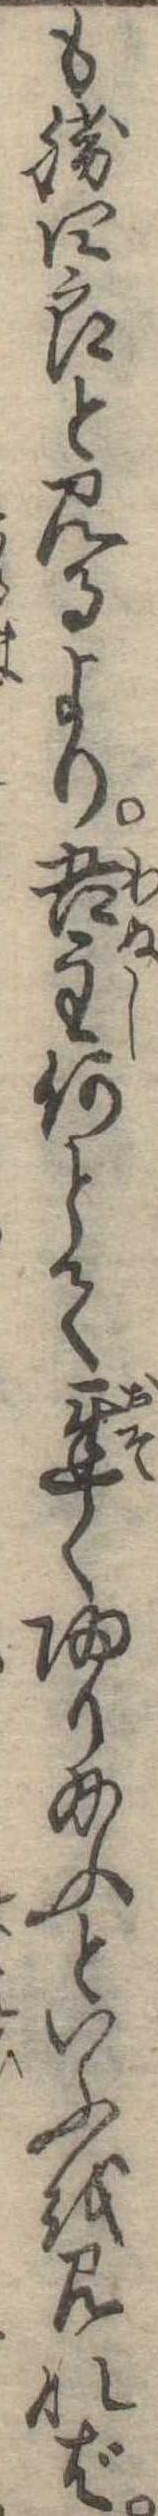
も勝四郎と見るより吾主何とて遅く帰り給ふといふを見れば